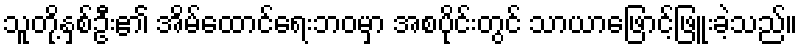
သူတို့နှစ်ဦး၏ အိမ်ထောင်ရေးဘဝမှာ အစပိုင်းတွင် သာယာဖြောင့်ဖြူးခဲ့သည်။